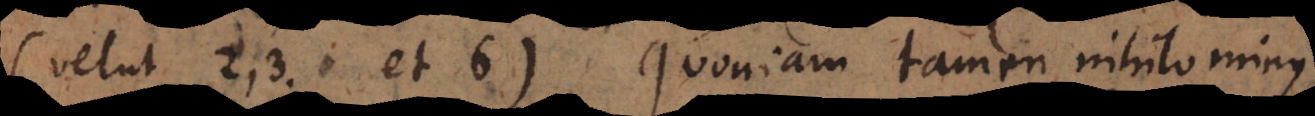
(velut 2, 3 et 6). Quoniam tamen nihilominus